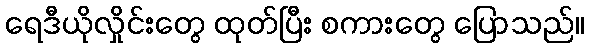
ရေဒီယိုလှိုင်းတွေ ထုတ်ပြီး စကားတွေ ပြောသည်။